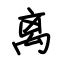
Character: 离